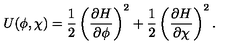
U ( \phi , \chi ) = \frac { 1 } { 2 } \left( \frac { \partial H } { \partial \phi } \right) ^ { 2 } + \frac { 1 } { 2 } \left( \frac { \partial H } { \partial \chi } \right) ^ { 2 } .